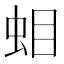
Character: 𧊁